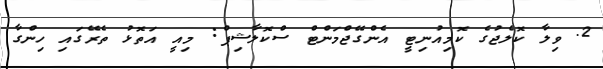
2. ވިލާ ކޮލެޖުގެ ކޮމިއުނިޓީ އެންގޭޖްމަންޓް ސްކޮލާޝިޕް: މިއީ އަތޮޅު ތެރޭގައި ހިންގާ